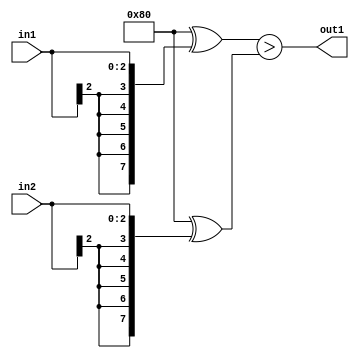
`timescale 1ps / 1ps
/*****************************************************************************
    Verilog RTL Description
    
    
    Created by: Stratus DpOpt 21.05.01 
*******************************************************************************/

module SobelFilter_LessThan_3Sx3S_1U_1 (
	in2,
	in1,
	out1
	); /* architecture "behavioural" */ 
input [2:0] in2,
	in1;
output  out1;
wire  asc001;

assign asc001 = ((8'B10000000 ^ {{5{in1[2]}}, in1})>(8'B10000000 ^ {{5{in2[2]}}, in2}));

assign out1 = asc001;
endmodule

/* CADENCE  ubP1SQg= : u9/ySxbfrwZIxEzHVQQV8Q== ** DO NOT EDIT THIS LINE ******/